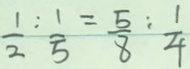
\frac { 1 } { 2 } : \frac { 1 } { 5 } = \frac { 5 } { 8 } : \frac { 1 } { 4 }